Vaccination in Bombay 1924-1928 - 1924-1928
Year: 1924
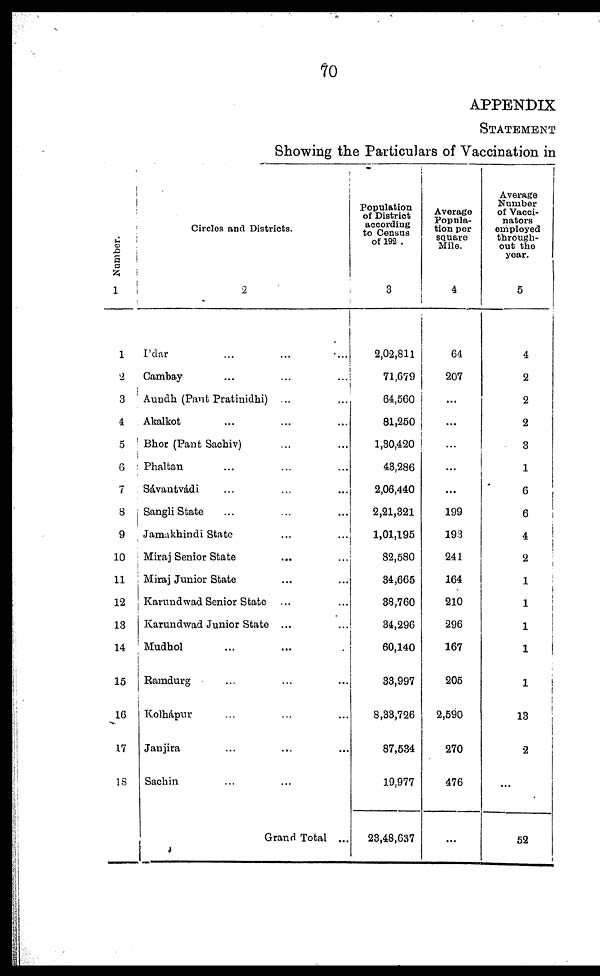
70
APPENDIX
STATEMENT
Showing the Particulars of Vaccination in
Number.
1
1
2
3
4
5
6
7
8
9
10
11
12
13
14
15
16
17
18
Circles and Districts.
2
I'dar
...
...
...
Cambay
...
...
...
Aundh (Pant Pratinidhi) ...
Akalkot ... ... ... ...
Bhor (Pant Sachiv) ... ...
Phaltan ... ... ...
Sávantvádi ... ... ...
Sangli State ... ... ...
Jamakhindi State ... ...
Miraj Senior State ... ...
Miraj Junior State ... ...
Karundwad Senior State ... ...
Karundwad Junior State ... ...
Mudhol ... ...
Ramdurg ... ... ...
Kolhápur ... ... ...
Janjira ... ... ...
Sachin ... ...
Grand Total ...
Population
of District
according
to Census
of 192 .
3
2,02,811
71,679
64,560
81,250
1,30,420
48,286
2,06,440
2,21,321
1,01,195
82,580
34,665
38,760
34,296
60,140
33,997
8,33,726
87,534
19,977
23,48,637
Average
Popula-
tion per
square
Mile.
4
64
207
...
...
...
...
...
199
193
241
164
210
296
167
205
2,590
270
476
...
Average
Number
of Vacci¬
nators
employed
through-
out the
year.
5
4
2
2
2
3
1
6
6
4
2
1
1
1
1
1
13
2
...
52